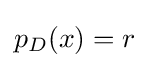
{\textstyle p_{D}(x)=r}